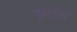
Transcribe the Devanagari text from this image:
वृक्षरेषा